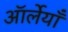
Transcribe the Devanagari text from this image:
ऑर्लेयाँ